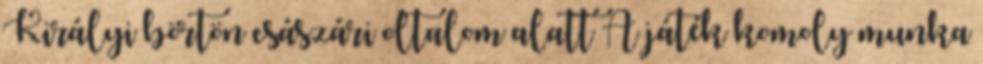
Királyi börtön császári oltalom alatt A játék komoly munka